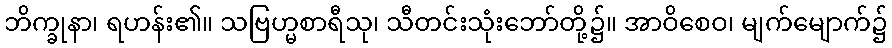
ဘိက္ခုနာ၊ ရဟန်း၏။ သဗြဟ္မစာရီသု၊ သီတင်းသုံးဘော်တို့၌။ အာဝိစေဝ၊ မျက်မျောက်၌